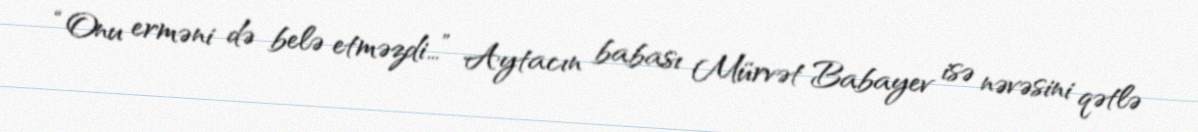
“Onu erməni də belə etməzdi…” Aytacın babası Mürvət Babayev isə nəvəsini qətlə